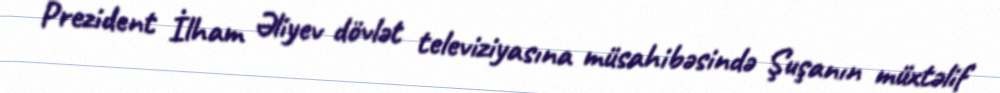
Prezident İlham Əliyev dövlət televiziyasına müsahibəsində Şuşanın müxtəlif